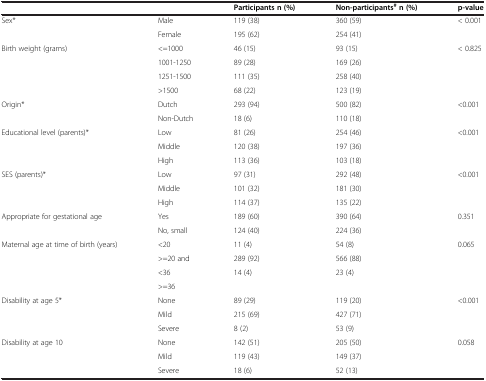
<table><thead><tr><td><b> </b></td><td><b> </b></td><td><b>Participants n (%)</b></td><td><b>Non-participants<sup>#</sup>n (%)</b></td><td><b>p-value</b></td></tr></thead><tbody><tr><td rowspan="2">Sex*</td><td>Male</td><td>119 (38)</td><td>360 (59)</td><td rowspan="2">&lt; 0.001</td></tr><tr><td>Female</td><td>195 (62)</td><td>254 (41)</td></tr><tr><td rowspan="4">Birth weight (grams)</td><td>&lt;=1000</td><td>46 (15)</td><td>93 (15)</td><td rowspan="4">&lt; 0.825</td></tr><tr><td>1001-1250</td><td>89 (28)</td><td>169 (26)</td></tr><tr><td>1251-1500</td><td>111 (35)</td><td>258 (40)</td></tr><tr><td>&gt;1500</td><td>68 (22)</td><td>123 (19)</td></tr><tr><td rowspan="2">Origin*</td><td>Dutch</td><td>293 (94)</td><td>500 (82)</td><td rowspan="2">&lt;0.001</td></tr><tr><td>Non-Dutch</td><td>18 (6)</td><td>110 (18)</td></tr><tr><td rowspan="3">Educational level (parents)*</td><td>Low</td><td>81 (26)</td><td>254 (46)</td><td rowspan="3">&lt;0.001</td></tr><tr><td>Middle</td><td>120 (38)</td><td>197 (36)</td></tr><tr><td>High</td><td>113 (36)</td><td>103 (18)</td></tr><tr><td rowspan="3">SES (parents)*</td><td>Low</td><td>97 (31)</td><td>292 (48)</td><td rowspan="3">&lt;0.001</td></tr><tr><td>Middle</td><td>101 (32)</td><td>181 (30)</td></tr><tr><td>High</td><td>114 (37)</td><td>135 (22)</td></tr><tr><td rowspan="2">Appropriate for gestational age</td><td>Yes</td><td>189 (60)</td><td>390 (64)</td><td rowspan="2">0.351</td></tr><tr><td>No, small</td><td>124 (40)</td><td>224 (36)</td></tr><tr><td rowspan="4">Maternal age at time of birth (years)</td><td>&lt;20</td><td>11 (4)</td><td>54 (8)</td><td rowspan="4">0.065</td></tr><tr><td>&gt;=20 and</td><td>289 (92)</td><td>566 (88)</td></tr><tr><td>&lt;36</td><td>14 (4)</td><td>23 (4)</td></tr><tr><td>&gt;=36</td><td> </td><td> </td></tr><tr><td rowspan="3">Disability at age 5*</td><td>None</td><td>89 (29)</td><td>119 (20)</td><td rowspan="3">&lt;0.001</td></tr><tr><td>Mild</td><td>215 (69)</td><td>427 (71)</td></tr><tr><td>Severe</td><td>8 (2)</td><td>53 (9)</td></tr><tr><td>Disability at age 10</td><td>None</td><td>142 (51)</td><td>205 (50)</td><td>0.058</td></tr><tr><td> </td><td>Mild</td><td>119 (43)</td><td>149 (37)</td><td> </td></tr><tr><td> </td><td>Severe</td><td>18 (6)</td><td>52 (13)</td><td> </td></tr></tbody></table>